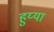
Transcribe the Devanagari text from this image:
हुय्या